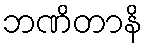
ဘဏိတာနိ